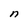
Character: n